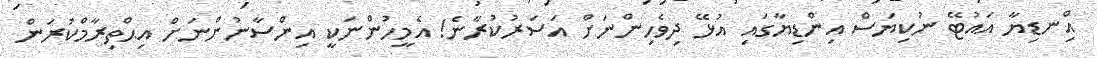
އިްނޑިޔާ އައުޓޭ ނުކިޔަސް އިންޑިޔާގައި އުޅޭ ދިވެހިންނަށް އަސަރުކުރާނެ! އެމީހުންނަކީ އިންސާނުންނަށް އިޙްތިރާމްކުރަން